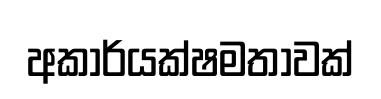
අකාර්යක්ෂමතාවක්